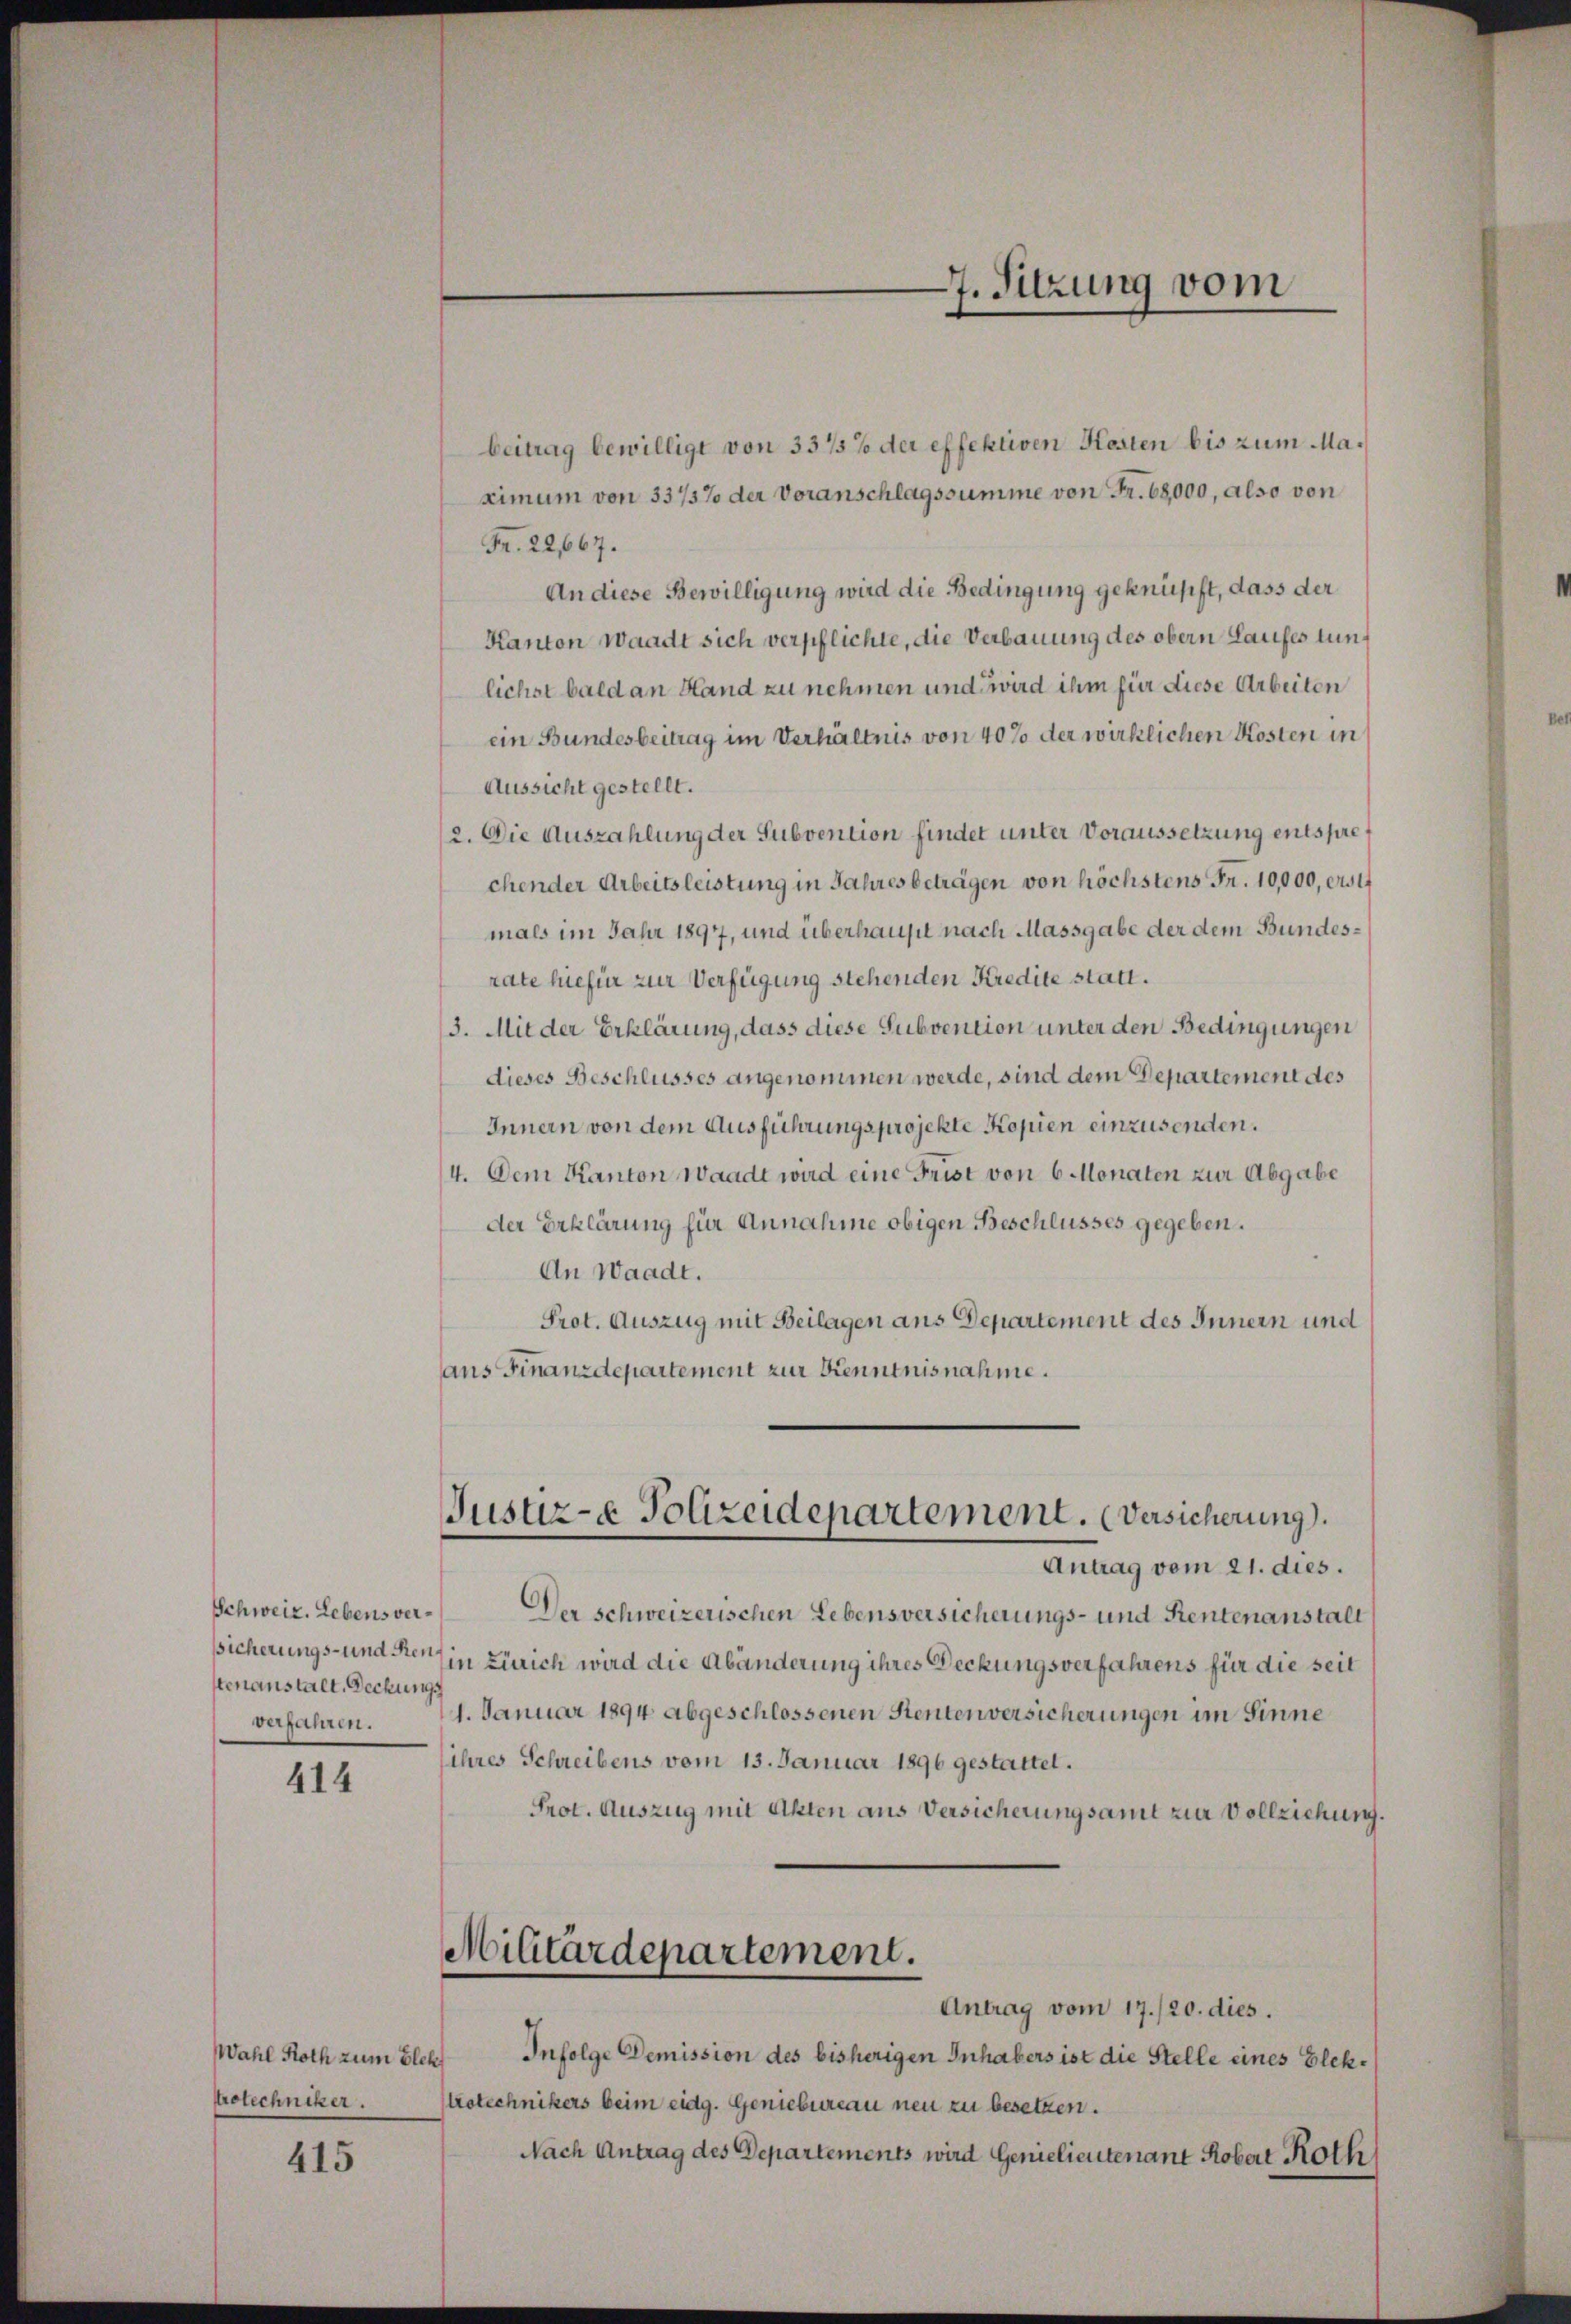
Schweiz. Lebens verstenanstalt, Deckungs
verfahren.

414

Wahl Roth zum Elekt
rotechniker.

415

beitrag bewilligt von 33/5% der effektiven Kosten bis zum Maximum von 337/5% der Voranschlagssumme von Fr. 68,000, also von
Fr. 22,667.
An diese Bewilligung wird die Bedingung geknüpft, dass der
Kanton Waadt sich verpflichte, die Verbauung des obern Laufes tunlichst bald an Hand zu nehmen und wird ihm für diese Arbeiten
ein Bundesbeitrag im Verhältnis von 40% der wirklichen Kosten in
Aussicht gestellt.
2. Die Auszahlung der Subvention findet unter Voraussetzung entsprechender Arbeitsleistung in Jahres beträgen von höchstens Fr. 10,000, 21
mals im Jahr 1897, und überhaupt nach Massgabe der dem Bundesrate hiefür zur Verfügung stehenden Kredite statt.
3. Mit der Erklärung, dass diese Subvention unter den Bedingungen
dieses Beschlusses angenommen werde, sind dem Departement des
Innern von dem Ausführungsprojekte Kopien einzusenden.
4. Dem Kanton Waadt wird eine Frist von 6 Monaten zur Abgabe
der Erklärung für Annahme obigen Beschlusses gegeben.
An Waadt.
Prot. Auszug mit Beilagen aus Departement des Innern und
aus Finanzdepartement zur Kenntnisnahme.

7. Sitzung vom

Justiz- & Polizeidepartement. (Versicherung).

Antrag vom 21. dies.
Der schweizerischen Lebensversicherungs- und Rentenanstalt
sicherungs- und der in Zürich wird die Abänderung ihres Deckungsverfahrens für die seit
1. Januar 1894 abgeschlossenen Rentenversicherungen im Sinne
ihres Schreibens vom 13. Januar 1896 gestattet.
Prot. Auszug mit Akten aus Versicherungsamt zur Vollziehung.
Militärdepartement.
Antrag vom 17./20. dies.
Infolge Demission des bisherigen Inhabers ist die Stelle eines Elektrotechnikers beim eidg. Geniebureau neu zu besetzen.
Nach Antrag des Departements wird Genielieutenant Kobert Roth